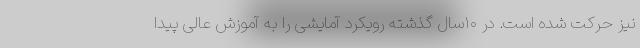
نیز حرکت شده است. در ۱۰سال گذشته رویکرد آمایشی را به آموزش عالی پیدا